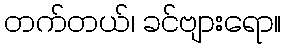
တက်တယ်၊ ခင်ဗျားရော။